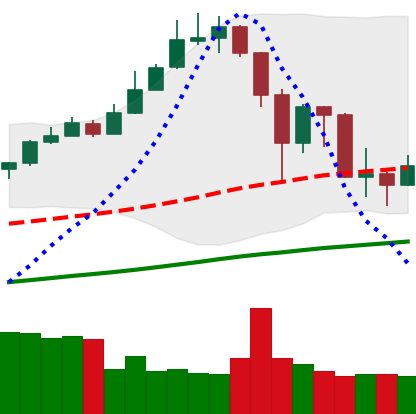
Ticker: XMR-USD
Chart end date: 2019-07-03
Forward return: 12.872%
Label: up_7plus